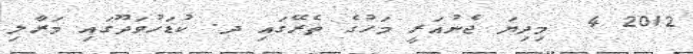
2012 4  މިދިޔަ ޖެނުއަރީ މަހުގެ ތެރޭގައި ދ. ކުޑަހުވަދޫގައި މަރާލި